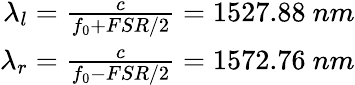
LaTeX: \begin{array}{r}{\lambda_{l}=\frac{c}{f_{0}+FSR/2}=1527.88\ nm}\\ {\lambda_{r}=\frac{c}{f_{0}-FSR/2}=1572.76\ nm}\end{array}